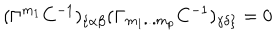
LaTeX: ( \Gamma ^ { { m } _ { { 1 } } } C ^ { - { 1 } } ) _ { \{ \alpha \beta } ( \Gamma _ { { m } _ { { 1 } } { \bf . . . } { m } _ { { p } } } C ^ { - { 1 } } ) _ { \gamma \delta \} } = 0